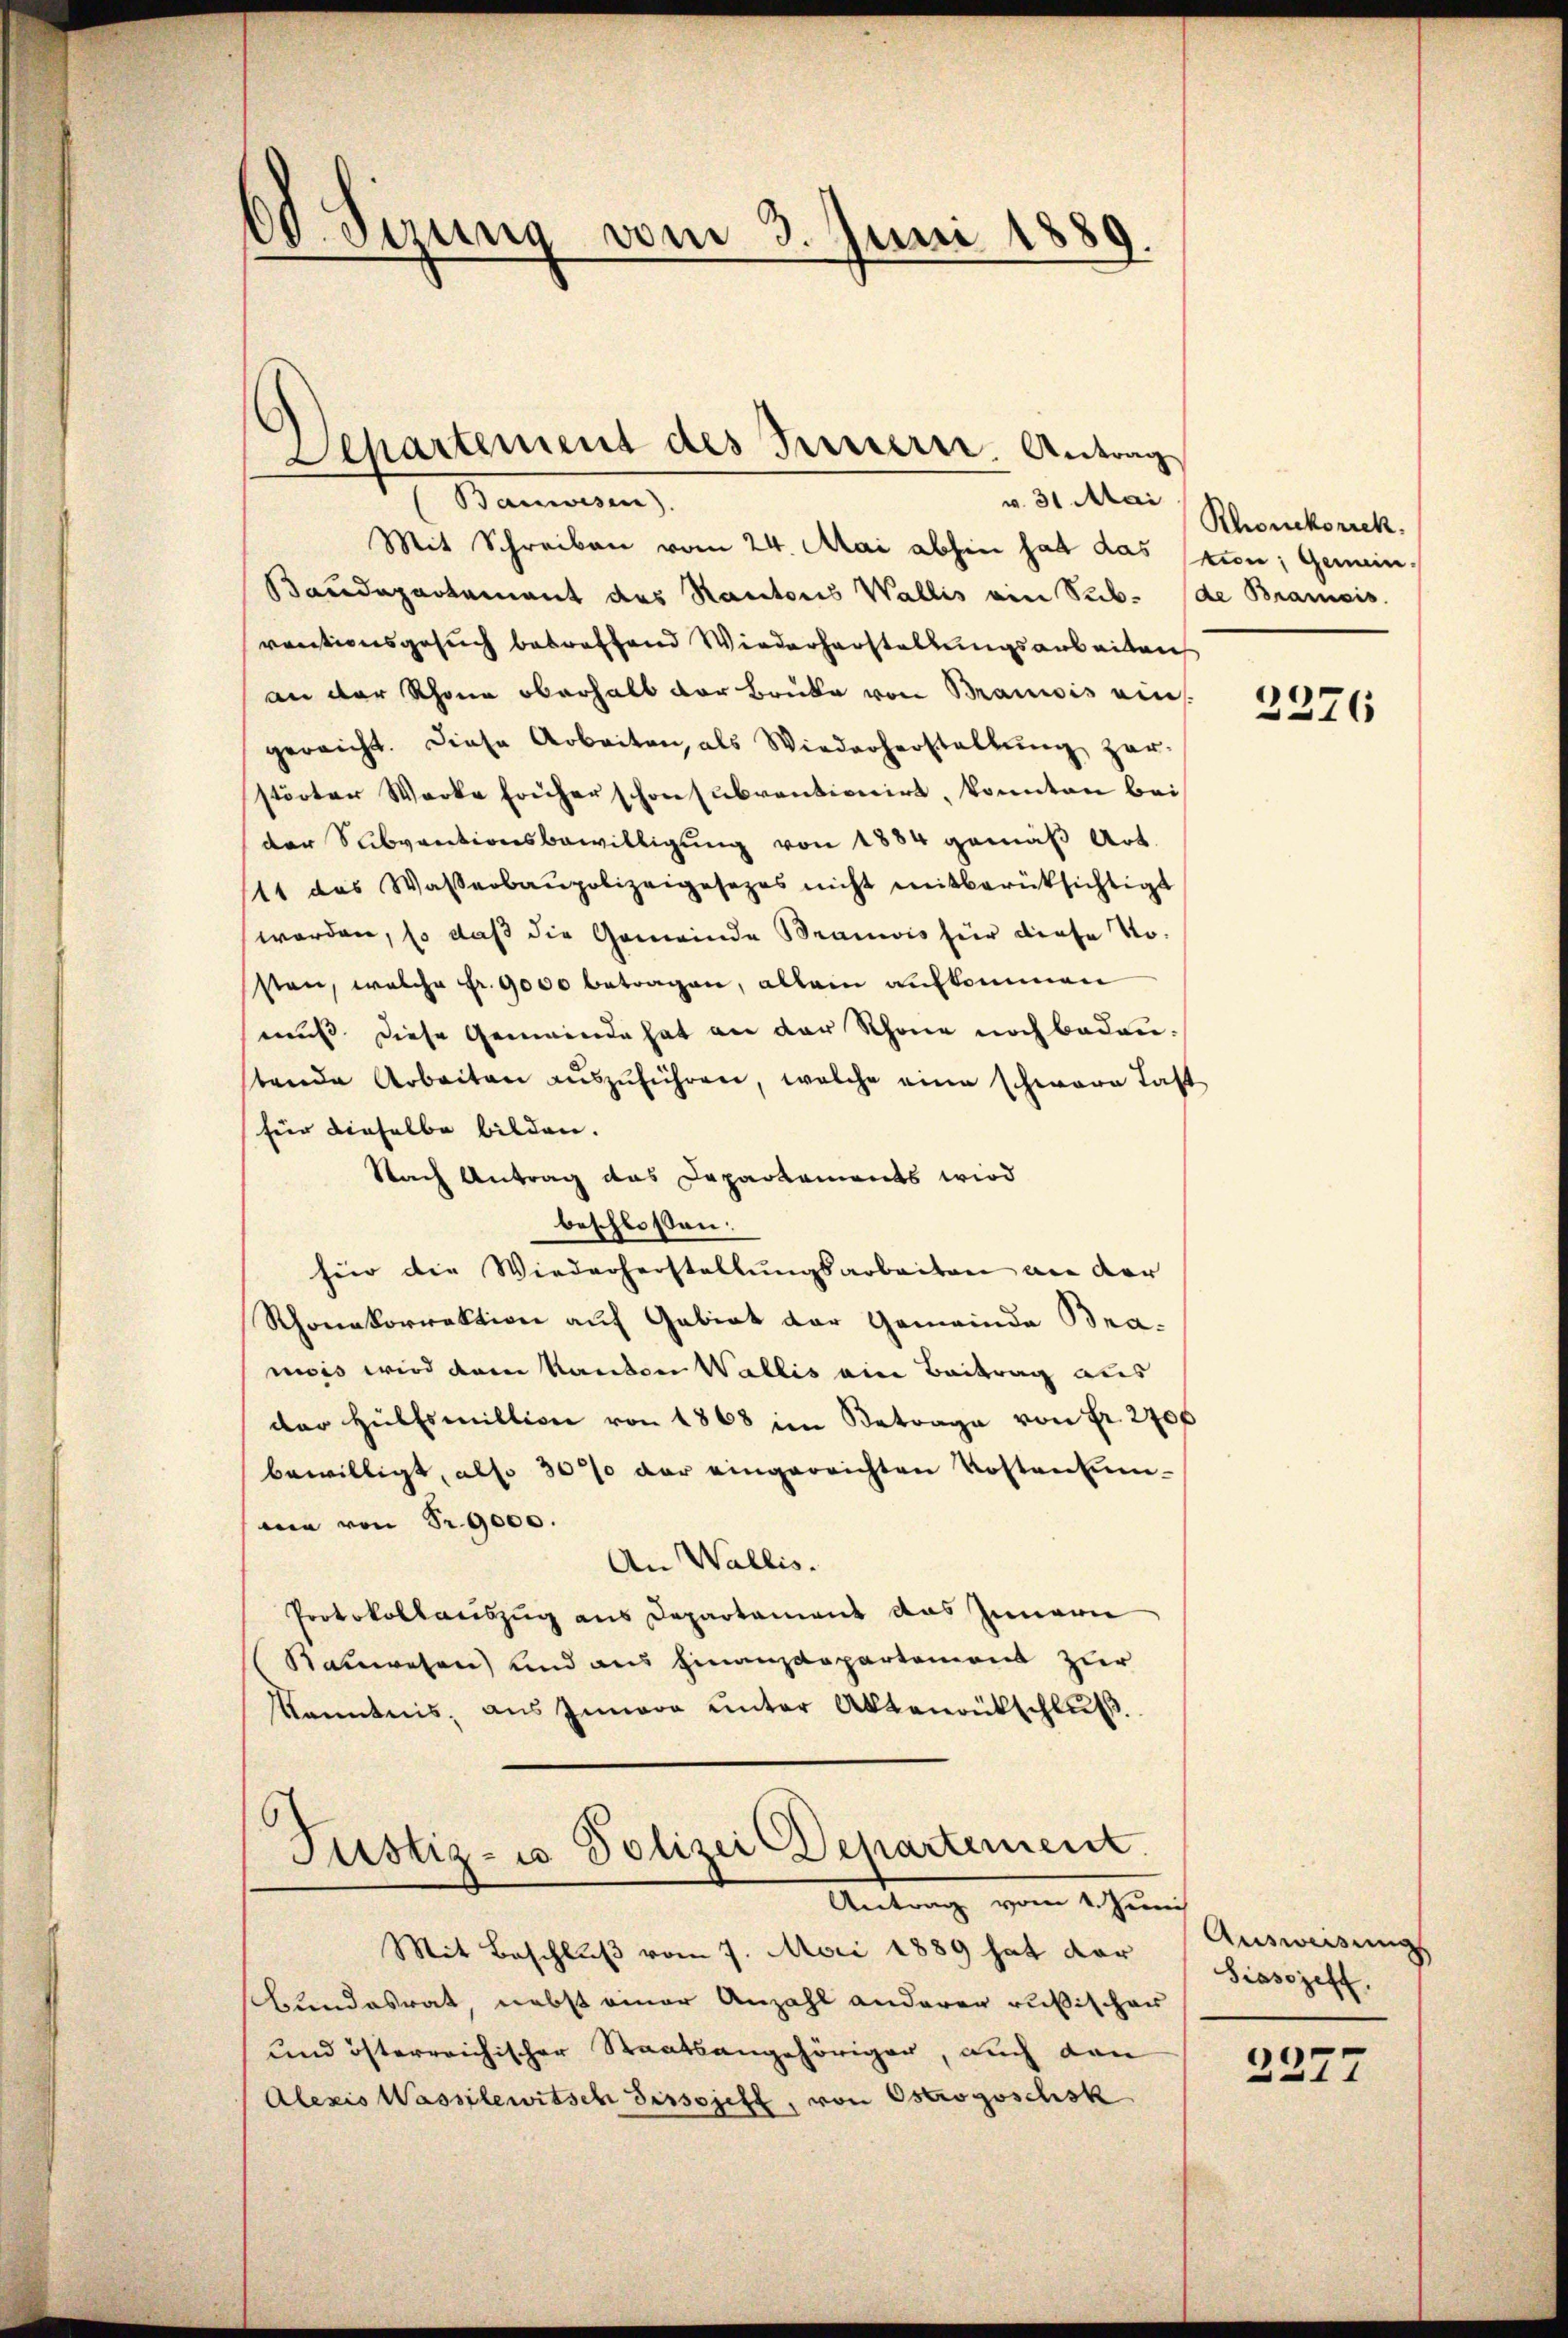
w. 31 Mai
 Baaren,
Mit Schreiben vom 24. Mai abhin hat das stion; Gemein¬
Baudepartement des Rantons Wallis ein Sub. (de Brancis
rectionsgesuch betreffend Wiederherstellungsarbeitens
an der Schöne oberhalb der Bruke von Bausis ein
gereicht. Diese Arbeiten, als Wiederherstellŭng zer-
störter Werke früher schon subventionirt, konnten bei
der Subventionsbewilligung von 1884 gemäß Art.
11 das Wasserbaupolizeigesezes nicht mitberücksichtigt
worden, so daß die Gemeinde Brancis für diese Nosten, welche Fr. 9000 betragen, allein aufkommen
muss diese Gemeinde hat an der Schöne noch bedautende Arbeiten aŭszŭführen, welche eine schwere Tast
für dieselbe bilden.
Nach Antrag das Departaments wird
beschlossen:
für die Wiederherstellungsarbeiten an der
Rhonakorrektion auf Gebiet der Gemeinde Bramois wird dann Kanton Wallis ein Beitrag aus
der Hülfsmillion von 1868 im Betrage von Fr. 2700
bewilligt, also 30% der eingereichten Kostensum-
me von Fr. 9000.
An Wallis.
Protokollauszug aus Departament das Innern
Rauwesen) und aus Finanzdepartement zur
Kenntnis, ans Innere unter Aktenrütschlŭβ

30. Sezung vom 3. Juni 1889.

Departement des Pressern. Antrag

Justiz- u Polizei Departement.
Antrag vom 1. Juni

Mit Beschluß vom 7. Mai 1889 hat der
shundesrat, nebst einer Anzahl anderer rußischer
und österreichischer Staatsangehöriger, auch dan
Alezis Wasselewitsch Tissojell, von Ostrogoschsk

Rhonekorrek

2276

Ausweisungs
Sissojeft.

2377